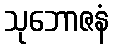
သုဘောဇနံ